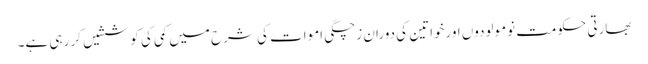
بھارتی حکومت نومولودوں اورخواتین کی دوران زچگی اموات کی شرح میں کمی کی کوششیں کر رہی ہے۔